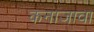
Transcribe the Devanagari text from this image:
कनाजावा